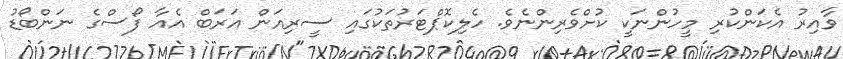
ވާއިރު އެކަންކުރި މީހުންނަކީ ކުށްވެރިންނެވެ. ހެލިކޮޕްޓަރުތަކުގައި ސީރިއަން އަރަބް އެއާ ފޯސްގެ ނަންބޯޑު